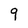
Character: 9